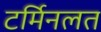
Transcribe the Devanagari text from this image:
टर्मिनलत